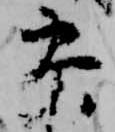
参